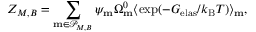
Z _ { { M , B } } = \sum _ { \mathbf { m } \in \mathcal { P } _ { M , B } } \psi _ { \mathbf { m } } \Omega _ { \mathbf { m } } ^ { 0 } \langle \exp ( - G _ { \mathrm { e l a s } } / k _ { \mathrm { B } } T ) \rangle _ { \mathbf { m } } ,